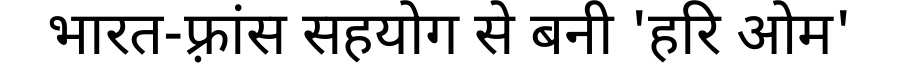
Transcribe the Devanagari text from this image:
भारत-फ़्रांस सहयोग से बनी 'हरि ओम'